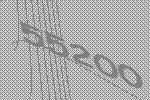
55200